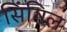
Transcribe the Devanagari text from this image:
सिंगिल